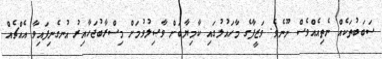
ސަބަބުތަކެއް ނެތިއެއްވެސް ނޫނެވެ. ވަޒީފާގެ މާހައުލުގައި ކާމިޔާބަށް ވާޞިލުވުމަށް މިސްރާބުޖަހާއިރު އުނގެނިފައިވާ އެއްޗެއް